Indian journal of veterinary science and animal husbandry - Volume 11,
Year: 1941
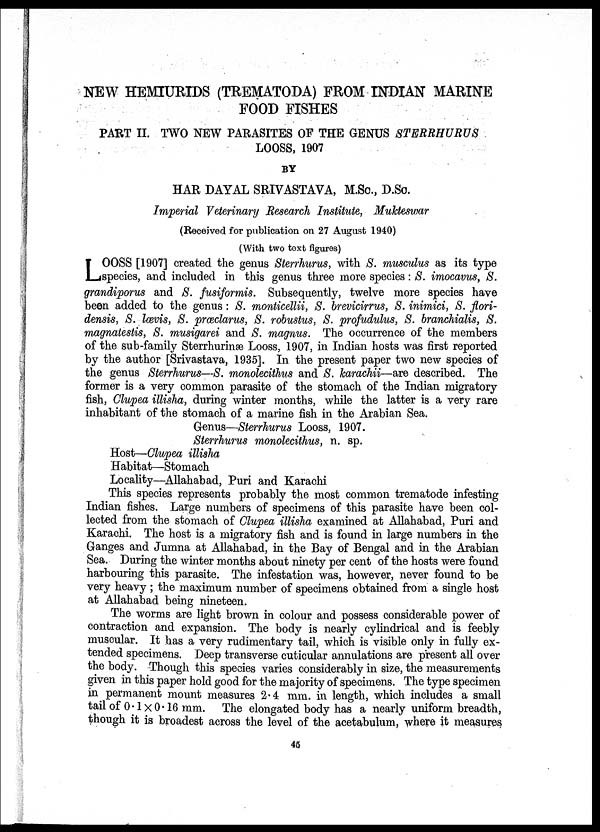
NEW HEMIURIDS (TREMATODA) FROM INDIAN MARINE
FOOD FISHES
PART II. TWO NEW PARASITES OF THE GENUS STERRHURUS
LOOSS, 1907
BY
HAR DAYAL SRIVASTAVA, M. Sc., D. Sc.
Imperial Veterinary Research Institute, Mukteswar
(Received for publication on 27 August 1940)
(With two text figures)
L OOSS [1907] created the genus Sterrhurus, with S. musculus as its type
species, and included in this genus three more species: S. imocavus, S.
grandiporus and S. fusiformis. Subsequently, twelve more species have
been added to the genus : S. monticellii, S. brevicirrus, S. inimici, S. flori¬
densis, S. Iœvis, S. præclarus, S. robustus, S. profudulus, S. branchialis, S.
magnatestis, S. musigarei and S. magnus. The occurrence of the members
of the sub-family Sterrhurinæ Looss, 1907, in Indian hosts was first reported
by the author [Srivastava, 1935]. In the present paper two new species of
the genus Sterrhurus—S. monolecithus and S. karachii—are described. The
former is a very common parasite of the stomach of the Indian migratory
fish, Clupea illisha, during winter months, while the latter is a very rare
inhabitant of the stomach of a marine fish in the Arabian Sea.
Genus—Sterrhurus Looss, 1907. Sterrhurus monolecithus, n. sp.
Host—Clupea illisha
Habitat—Stomach
Locality—Allahabad, Puri and Karachi
This species represents probably the most common trematode infesting
Indian fishes. Large numbers of specimens of this parasite have been col-
lected from the stomach of Clupea illisha examined at Allahabad, Puri and
Karachi. The host is a migratory fish and is found in large numbers in the
Ganges and Jumna at Allahabad, in the Bay of Bengal and in the Arabian
Sea. During the winter months about ninety per cent of the hosts were found
harbouring this parasite. The infestation was, however, never found to be
very heavy ; the maximum number of specimens obtained from a single host
at Allahabad being nineteen.
The worms are light brown in colour and possess considerable power of
contraction and expansion. The body is nearly cylindrical and is feebly
muscular. It has a very rudimentary tail, which is visible only in fully ex-
tended specimens. Deep transverse cuticular annulations are present all over
the body. Though this species varies considerably in size, the measurements
given in this paper hold good for the majority of specimens. The type specimen
in permanent mount measures 2.4 mm. in length, which includes a small
tail of 0.1 × 0.16 mm. The elongated body has a nearly uniform breadth,
though it is broadest across the level of the acetabulum, where it measures
45